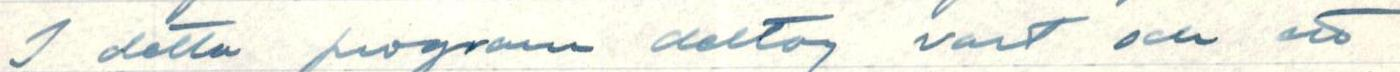
I detta program deltog vart och ett